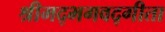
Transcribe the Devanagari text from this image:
श्रीमद्‌भगवद्‍गीता